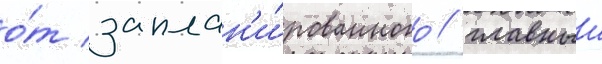
о́т заплан'и́рованного / главныи